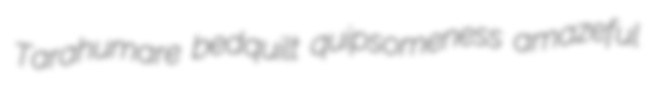
Tarahumare bedquilt quipsomeness amazeful